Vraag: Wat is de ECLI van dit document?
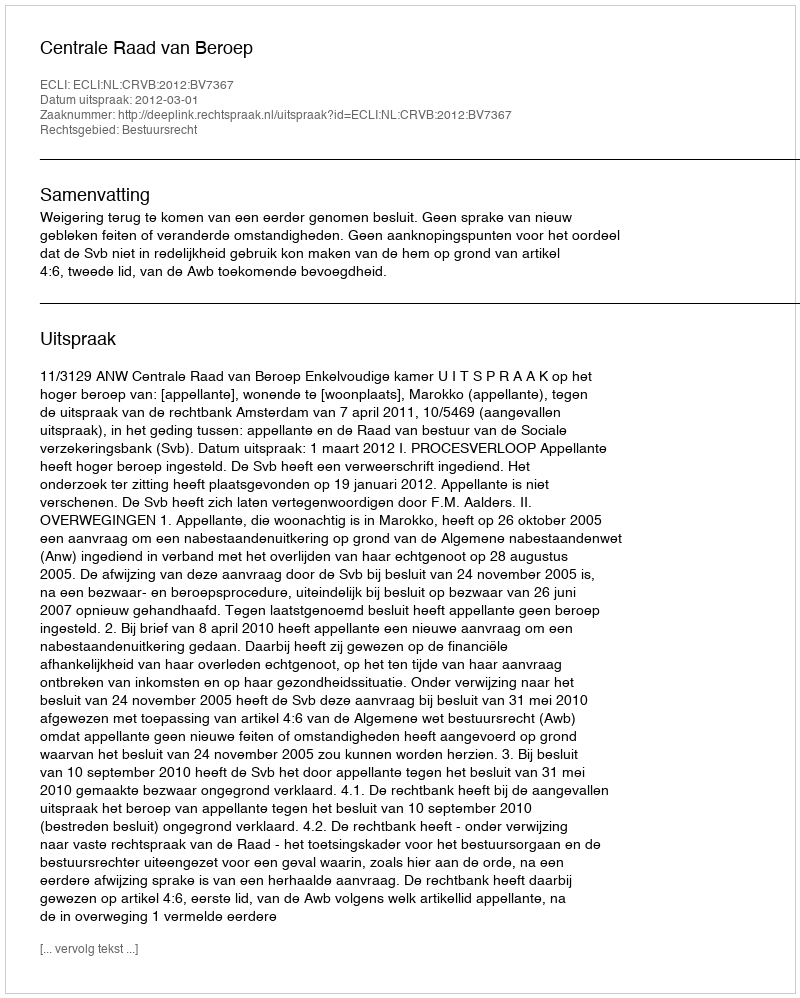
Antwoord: ECLI:NL:CRVB:2012:BV7367